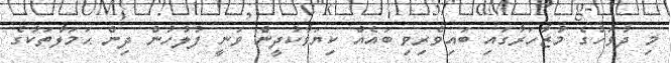
މި ދުވަހުގެ މުޒާހަރާގައި ބައިވެރިވި ބައެއް ކިޔަވާކުދީން ވަނީ ފުލުހުން ދިން ޙަމަލާތަކުގެ